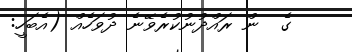
ގެ  ން ރައްދުނުކުރެވޭނެ ދުވަހެއް (އެބަހީ: